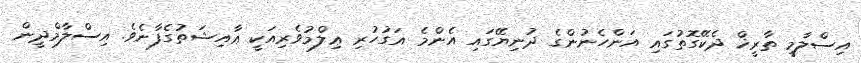
އިސްލާމީ ތާރީޚް ދެކޭގޮތުގައި އަންހެނުންގެ ދުނިޔޭގައި އެންމެ އަގުހުރި ޢިލްމުވެރިއަކީ ޢާއިޝަތުގެފާނެވެ. އިސްލާމްދީން